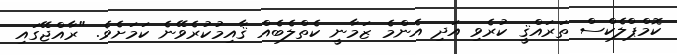
ކޮމްޕްލެކްސް ތަރައްޤީ ކުރެވި އަދި އެންމެ ޒަމާނީ ކެތްލެބެއް ޤާއިމުކުރެވޭނެ ކަމަށެވެ. "ރާއްޖޭގައި